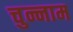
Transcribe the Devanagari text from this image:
चुन्नाम